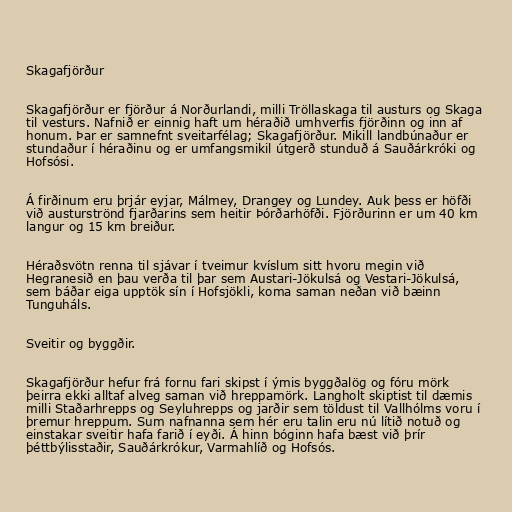
Skagafjörður

Skagafjörður er fjörður á Norðurlandi, milli Tröllaskaga til austurs og Skaga
til vesturs. Nafnið er einnig haft um héraðið umhverfis fjörðinn og inn af
honum. Þar er samnefnt sveitarfélag; Skagafjörður. Mikill landbúnaður er
stundaður í héraðinu og er umfangsmikil útgerð stunduð á Sauðárkróki og
Hofsósi.

Á firðinum eru þrjár eyjar, Málmey, Drangey og Lundey. Auk þess er höfði
við austurströnd fjarðarins sem heitir Þórðarhöfði. Fjörðurinn er um 40 km
langur og 15 km breiður.

Héraðsvötn renna til sjávar í tveimur kvíslum sitt hvoru megin við
Hegranesið en þau verða til þar sem Austari-Jökulsá og Vestari-Jökulsá,
sem báðar eiga upptök sín í Hofsjökli, koma saman neðan við bæinn
Tunguháls.

Sveitir og byggðir.

Skagafjörður hefur frá fornu fari skipst í ýmis byggðalög og fóru mörk
þeirra ekki alltaf alveg saman við hreppamörk. Langholt skiptist til dæmis
milli Staðarhrepps og Seyluhrepps og jarðir sem töldust til Vallhólms voru í
þremur hreppum. Sum nafnanna sem hér eru talin eru nú lítið notuð og
einstakar sveitir hafa farið í eyði. Á hinn bóginn hafa bæst við þrír
þéttbýlisstaðir, Sauðárkrókur, Varmahlíð og Hofsós.